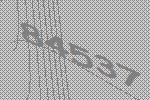
84537